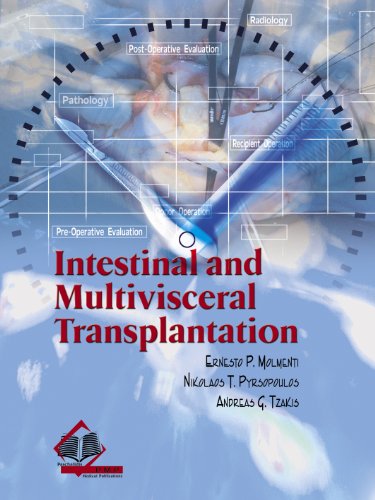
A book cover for Intestinal and Multivisceral Transplantation; Ernesto P. Molmenti; Health, Fitness & Dieting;